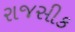
રાજસીક